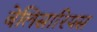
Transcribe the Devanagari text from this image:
बेलिसारियस